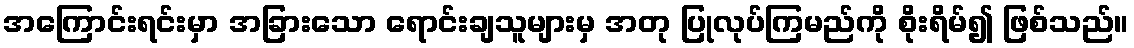
အကြောင်းရင်းမှာ အခြားသော ရောင်းချသူများမှ အတု ပြုလုပ်ကြမည်ကို စိုးရိမ်၍ ဖြစ်သည်။